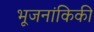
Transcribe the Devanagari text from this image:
भूजनांकिकी